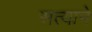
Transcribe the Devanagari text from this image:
सत्याने